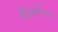
ઉપરોકત